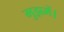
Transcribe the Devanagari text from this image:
मुझमें।